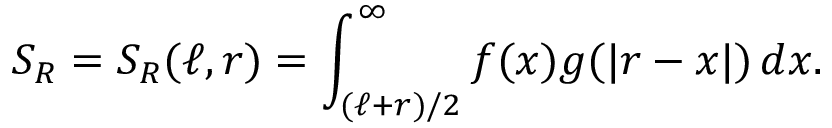
S _ { R } = S _ { R } ( \ell , r ) = \int _ { ( \ell + r ) / 2 } ^ { \infty } f ( x ) g ( | r - x | ) ~ \! d x .